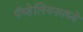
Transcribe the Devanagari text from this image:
पॅव्हेलियनमध्ये